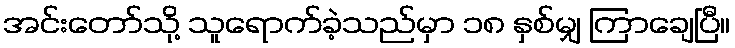
အင်းတော်သို့ သူရောက်ခဲ့သည်မှာ ၁၈ နှစ်မျှ ကြာချေပြီ။